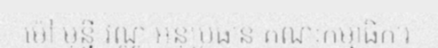
ម៉ៅ មុន្នី វណ្ណ អនុប្រធាន គណៈកម្មាធិការ